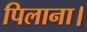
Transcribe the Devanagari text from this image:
पिलाना।